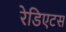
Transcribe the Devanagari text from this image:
रेडिएटस